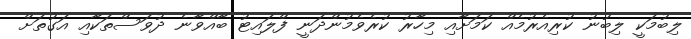
ލިބުމަކީ ލިބުނު ކުރިއެރުމެއް ކަމަށާއި މިހާރު ކުރެވެމުންދަނީ ފްލައިޓު ބާއްވާނެ ދުވަސްތަކާއި އަގުތަށް